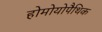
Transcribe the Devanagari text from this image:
होमोयोपैथिक